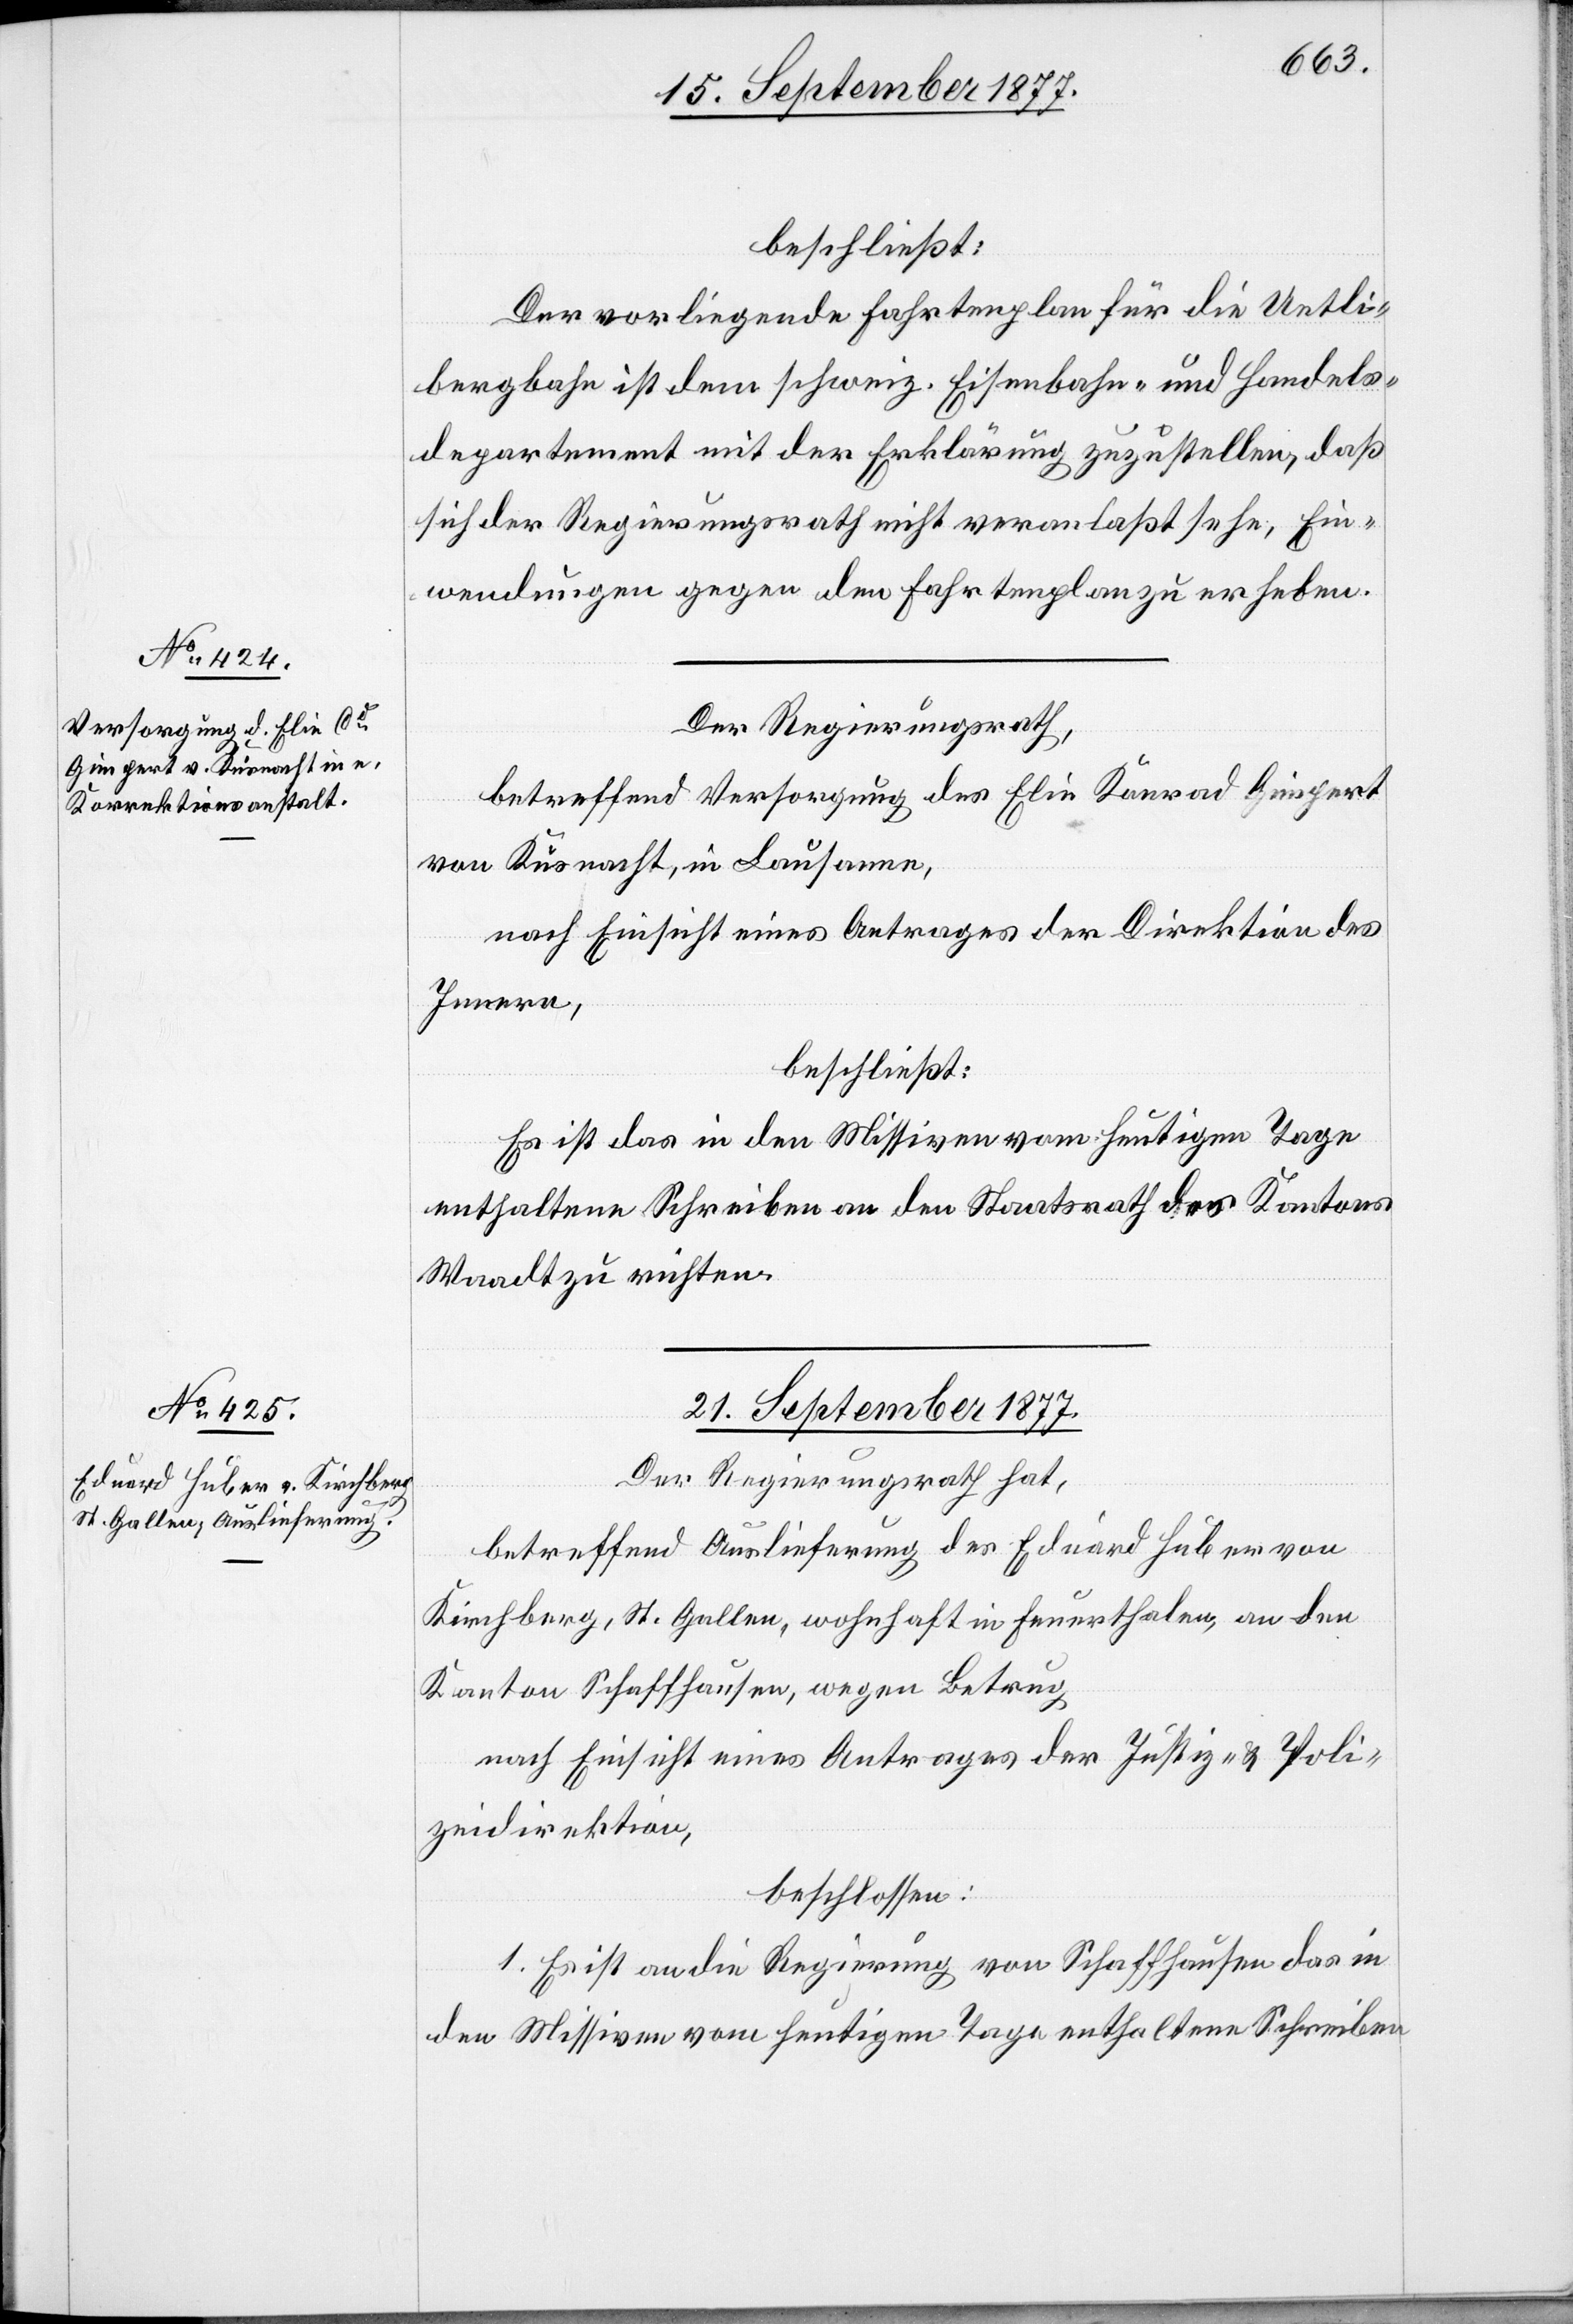
18. September 1877.]
beschließt:
Der vorliegende Fahrtenplan für die Uetli¬
bergbahn ist dem schweiz. Eisenbahn- und Handels¬
departement mit der Erklärung zuzustellen, daß
sich der Regierungsrath nicht veranlaßt sehe, Ein¬
wendungen gegen den Fahrtenplan zu erheben.
Der Regierungsrath,
betreffend Versorgung des Elie Konrad Gimpert
von Küsnacht, in Lausanne,
nach Einsicht eines Antrages der Direktion des
Innern,
beschließt:
Es ist das in den Missiven vom heutigen Tage
enthaltene Schreiben an den Staatsrath des Kantons
Waadt zu richten.
21. September 1877.
Der Regierungsrath hat,
betreffend Auslieferung des Eduard Huber von
Kirchberg, St. Gallen, wohnhaft in Feuerthalen, an den
Kanton Schaffhausen, wegen Betrug
nach Einsicht eines Antrages der Justiz- & Poli¬
zeidirektion,
beschlossen:
1. Es ist an die Regierung von Schaffhausen das in
den Missiven vom heutigen Tage enthaltene Schreiben